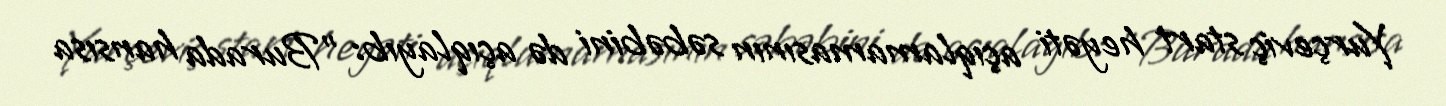
Yurçeviç start heyəti açıqlamamasının səbəbini də açıqlayıb: "Burada hansısa